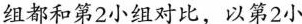
组都和第2小组对比，以第2小